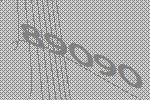
89090